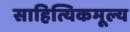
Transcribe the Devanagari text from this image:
साहित्यिकमूल्य